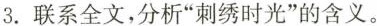
3.联系全文,分析“刺绣时光”的含义。